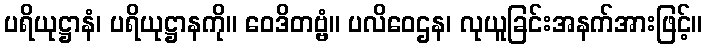
ပရိယုဋ္ဌာနံ၊ ပရိယုဋ္ဌာနကို။ ဝေဒိတဗ္ဗံ။ ပလိဝေဌန၊ လုယူခြင်းအနက်အားဖြင့်။